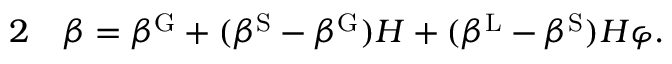
\begin{array} { r l } { { 2 } } & { { } \beta = \beta ^ { \mathrm { { G } } } + ( \beta ^ { \mathrm { { S } } } - \beta ^ { \mathrm { { G } } } ) H + ( \beta ^ { \mathrm { { L } } } - \beta ^ { \mathrm { { S } } } ) H \varphi . } \end{array}